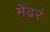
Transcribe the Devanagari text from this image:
मेंढरं